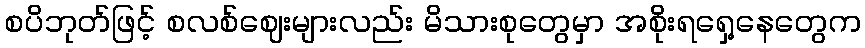
စပိဘုတ်ဖြင့် စလစ်ဈေးများလည်း မိသားစုတွေမှာ အစိုးရရှေ့နေတွေက